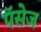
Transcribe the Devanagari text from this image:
पॅसेज